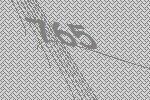
765